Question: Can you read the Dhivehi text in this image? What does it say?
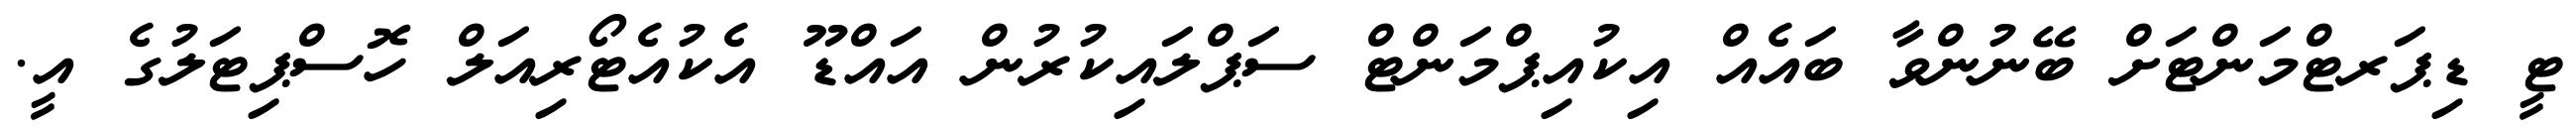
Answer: ޓީ ޑިޕަރޓްމަންޓަށް ބޭނުންވާ ބައެއް އިކުއިޕްމަންޓް ސަޕްލައިކުރުން އައްޑޫ އެކުއެޓޯރިއަލް ހޮސްޕިޓަލުގެ އީ.